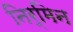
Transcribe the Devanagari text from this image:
निर्मिन